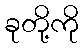
ခုတို့ကို